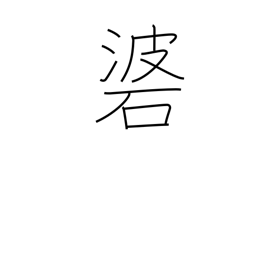
Meaning: weight attached to an arrow by a cord